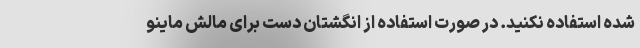
شده استفاده نکنید. در صورت استفاده از انگشتان دست برای مالش ماینو